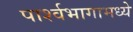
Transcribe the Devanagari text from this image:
पार्श्वभागामध्ये